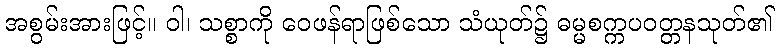
အစွမ်းအားဖြင့်။ ဝါ၊ သစ္စာကို ဝေဖန်ရာဖြစ်သော သံယုတ်၌ ဓမ္မစက္ကပဝတ္တနသုတ်၏